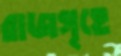
রাজগৃহে